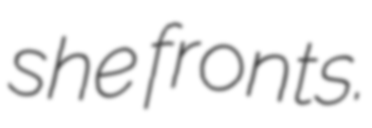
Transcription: she fronts.